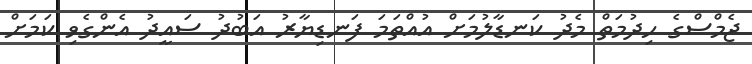
ޖެމްސްގެ ހިދުމަތް މެދު ކަނޑާލުމަށް އުއްތަމަ ފަނޑިޔާރު އަބުދު ސައީދު އެންގެވި ކަމަށް